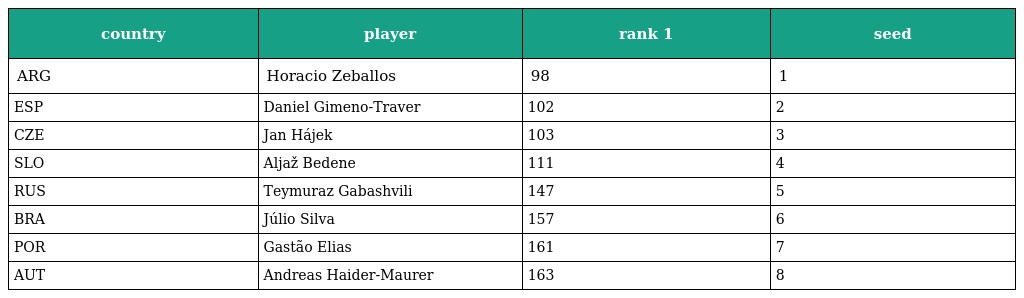
| country | player | rank 1 | seed |
 | --- | --- | --- | --- |
 | ARG | Horacio Zeballos | 98 | 1 |
 | ESP | Daniel Gimeno-Traver | 102 | 2 |
 | CZE | Jan Hájek | 103 | 3 |
 | SLO | Aljaž Bedene | 111 | 4 |
 | RUS | Teymuraz Gabashvili | 147 | 5 |
 | BRA | Júlio Silva | 157 | 6 |
 | POR | Gastão Elias | 161 | 7 |
 | AUT | Andreas Haider-Maurer | 163 | 8 |